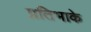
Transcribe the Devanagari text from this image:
प्रतिभाके